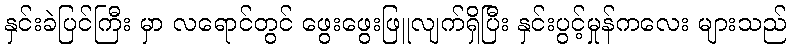
နှင်းခဲပြင်ကြီး မှာ လရောင်တွင် ဖွေးဖွေးဖြူလျက်ရှိပြီး နှင်းပွင့်မှုန်ကလေး များသည်